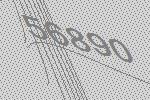
56890